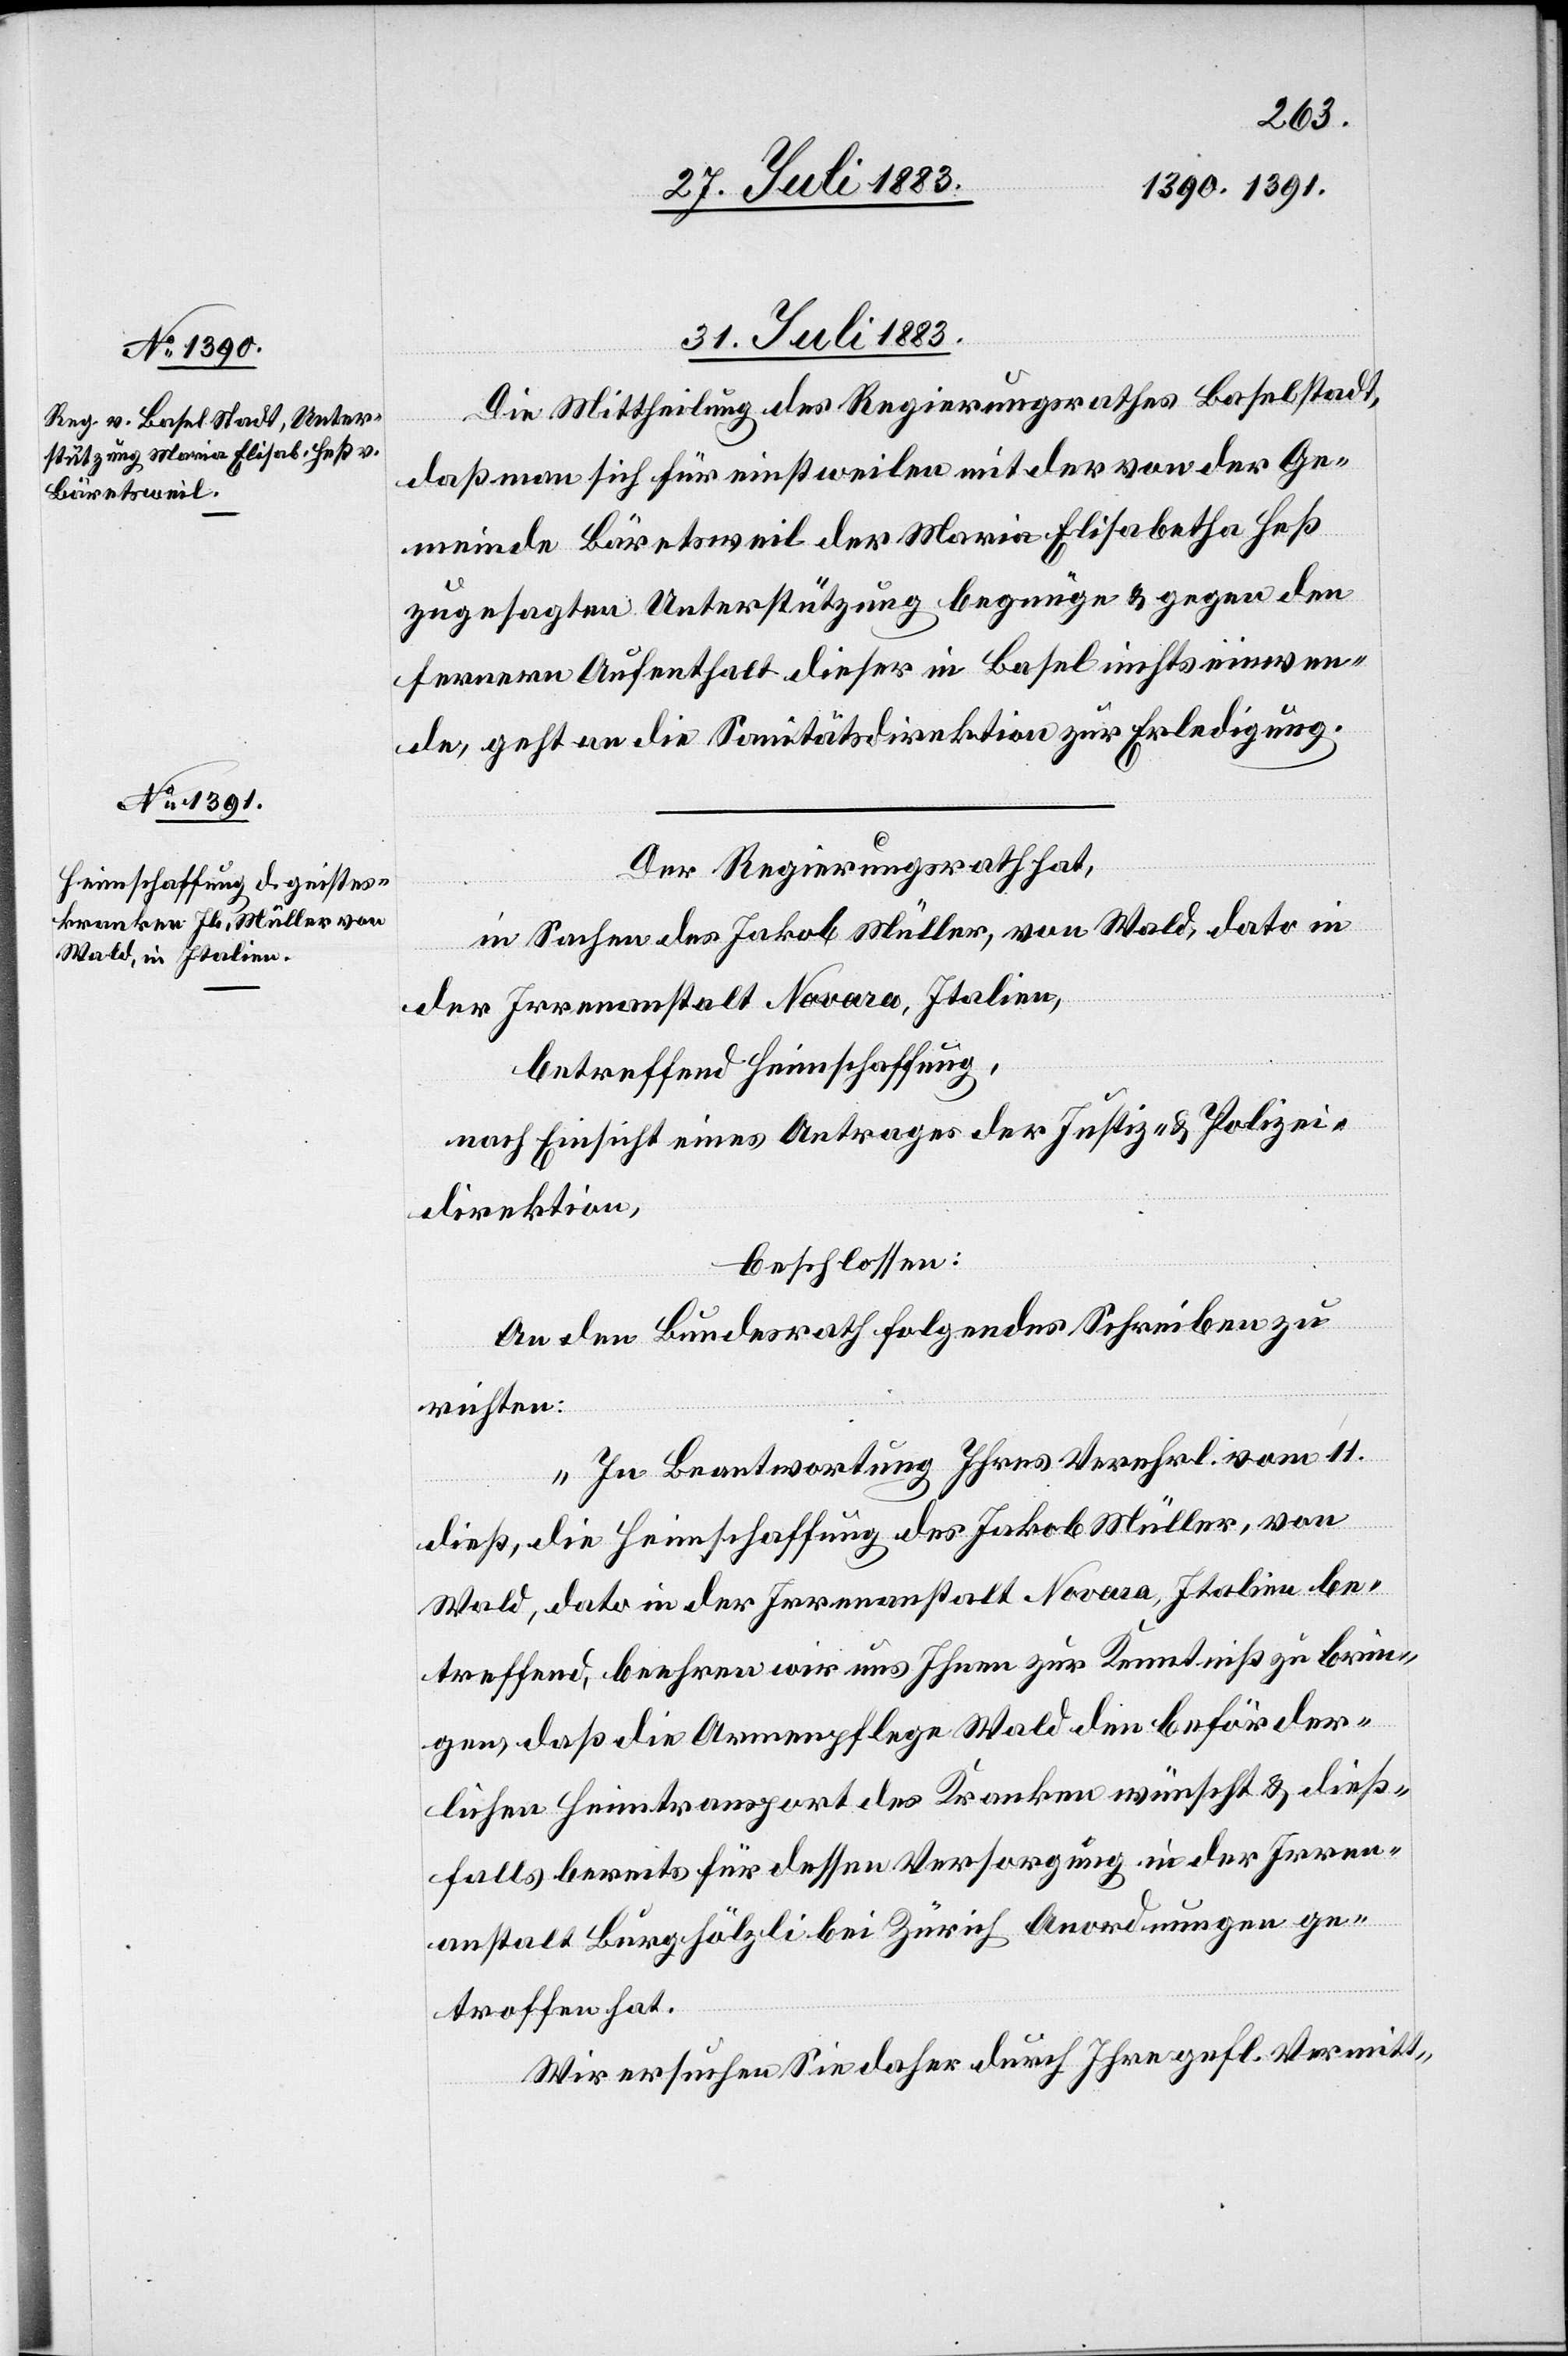
31. Juli 1883.
Die Mittheilung des Regierungsrathes Baselstadt,
daß man sich für einstweilen mit der von der Ge¬
meinde Bäretsweil der Maria Elisabetha Heß
zugesagten Unterstützung begnüge & gegen den
fernern Aufenthalt dieser in Basel nichts einwen¬
de, geht an die Sanitätsdirektion zur Erledigung.
Der Regierungsrath hat,
in Sachen des Jakob Müller, von Wald, dato in
der Irrenanstalt Novara, Italien,
betreffend Heimschaffung,
nach Einsicht eines Antrages der Justiz- & Polizei¬
direktion,
beschlossen:
An den Bundesrath folgendes Schreiben zu
richten:
„In Beantwortung Ihres Verehrl. vom 11.
dieß, die Heimschaffung des Jakob Müller, von
Wald, dato in der Irrenanstalt Novara, Italien be¬
treffend, beehren wir uns Ihnen zur Kenntniß zu brin¬
gen, daß die Armenpflege Wald den beförder¬
lichen Heimtransport des Kranken wünscht & dieß¬
falls bereits für dessen Versorgung in der Irren¬
anstalt Burghölzli bei Zürich Anordnungen ge¬
troffen hat.
Wir ersuchen Sie daher durch Ihre gefl. Vermitt-